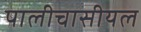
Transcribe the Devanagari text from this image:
पालीचासीयल